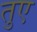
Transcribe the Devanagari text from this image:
तुए